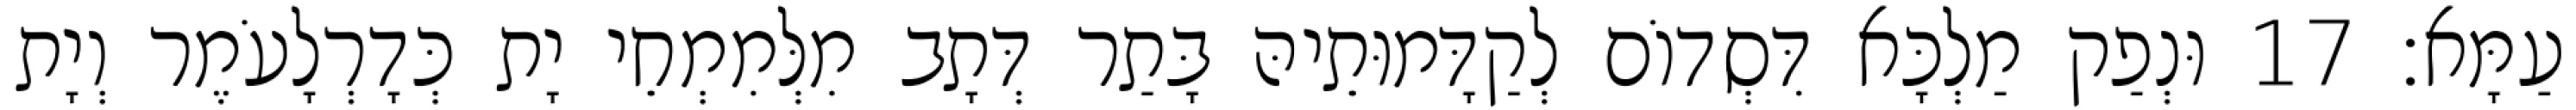
עַמָּא׃ 17 וּנְפַק מַלְכָּא דִּסְדוֹם לְקַדָּמוּתֵיהּ בָּתַר דְּתָב מִלְּמִמְחֵי יָת כְּדָרְלָעֹמֶר וְיָת